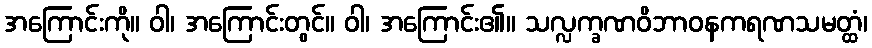
အကြောင်းကို။ ဝါ၊ အကြောင်းတွင်။ ဝါ၊ အကြောင်း၏။ သလ္လက္ခဏဝိဘာဝနကရဏသမတ္ထံ၊